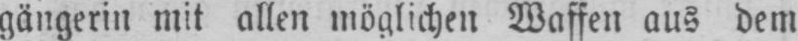
gängerin mit allen möglichen Waffen aus dem